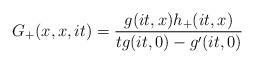
LaTeX: \begin{align*}G_+(x,x,it)=\frac{g(it,x)h_+(it,x)}{tg(it,0)-g^\prime(it,0)}\end{align*}